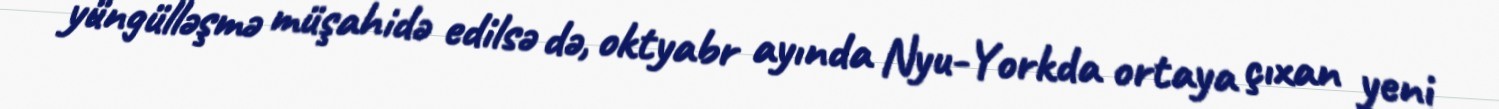
yüngülləşmə müşahidə edilsə də, oktyabr ayında Nyu-Yorkda ortaya çıxan yeni